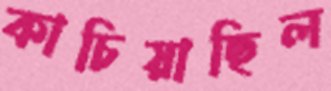
কাচিয়াছিল